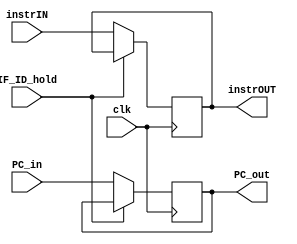
module IF_ID(clk, IF_ID_hold, instrIN, PC_in, PC_out, instrOUT);
input clk, IF_ID_hold;
input [31:0] instrIN, PC_in;
output [31:0] instrOUT, PC_out;

always @(posedge clk) begin
    if(~IF_ID_hold) begin
        instrOUT <= instrIN;
        PC_out <= PC_in;
    end
end
endmodule